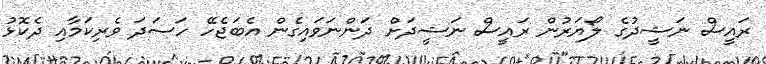
ރައީސް ނަޝީދުގެ ލޯޔަރުން ރައީސް ނަޝީދަށް ދަންނަވައިގެން އެބަޖެހޭ ހަަސަދަ ވެރިކަމާއި ދެކޮޅު